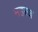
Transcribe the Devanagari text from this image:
महरज